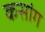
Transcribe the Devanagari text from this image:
कसांग